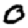
Digit: 0